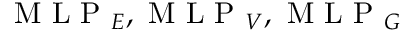
\mathrm { ~ M ~ L ~ P ~ } _ { E } , \mathrm { ~ M ~ L ~ P ~ } _ { V } , \mathrm { ~ M ~ L ~ P ~ } _ { G }